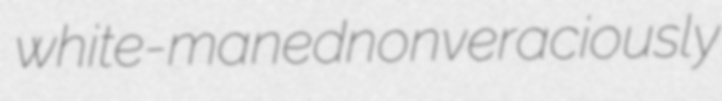
white-maned nonveraciously